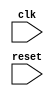
module behavioral_block(
    input wire clk,
    input wire reset,
    // other input and output ports
);

// Define the behavior on the positive edge of the clock signal and the negative edge of the reset signal
always @(posedge clk or negedge reset) begin
    if (!reset) begin
        // Actions to be taken on the negative edge of the reset signal
        // Reset logic, signal assignments, etc.
    end else begin
        // Actions to be taken on the positive edge of the clock signal
        // Logic operations, signal assignments, other behavior
    end
end

// Other module logic here

endmodule